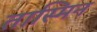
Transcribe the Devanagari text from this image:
तास्मिन